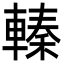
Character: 轃